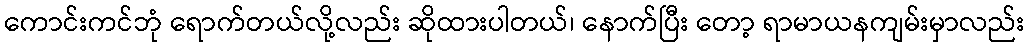
ကောင်းကင်ဘုံ ရောက်တယ်လို့လည်း ဆိုထားပါတယ်၊ နောက်ပြီး တော့ ရာမာယနကျမ်းမှာလည်း